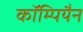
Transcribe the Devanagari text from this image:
कॉम्पियैन